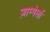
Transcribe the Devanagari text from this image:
ज़ाम्पेर्ला